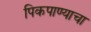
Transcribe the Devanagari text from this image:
पिकपाण्याचा